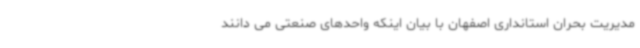
مدیریت بحران استانداری اصفهان با بیان اینکه واحدهای صنعتی می دانند